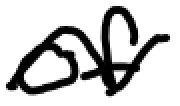
Text: of
Cross-out: wave
Writing tool: digital_black